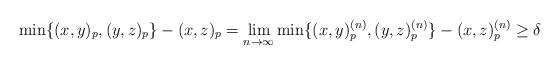
LaTeX: \begin{align*}\min \{ (x,y)_p, (y,z)_{p}\}-(x,z)_p = \lim_{n \rightarrow \infty} \min \{ (x,y)_p^{(n)}, (y,z)_{p}^{(n)}\}-(x,z)_p^{(n)} \geq \delta\end{align*}